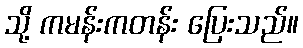
သို့ ကမန်းကတန်း ပြေးသည်။